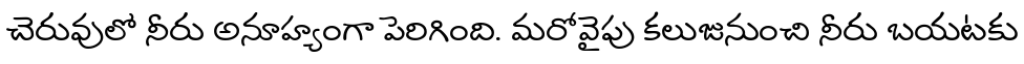
చెరువులో నీరు అనూహ్యంగా పెరిగింది. మరోవైపు కలుజునుంచి నీరు బయటకు